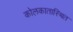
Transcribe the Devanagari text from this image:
कोलकातास्थित